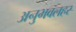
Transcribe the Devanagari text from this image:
अनुभवलहर